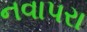
નવાપરા